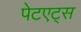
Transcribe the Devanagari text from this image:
पेटएट्स